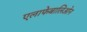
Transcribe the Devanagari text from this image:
एलाफेबालिओन